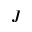
J